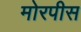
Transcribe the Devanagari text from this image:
मोरपीस